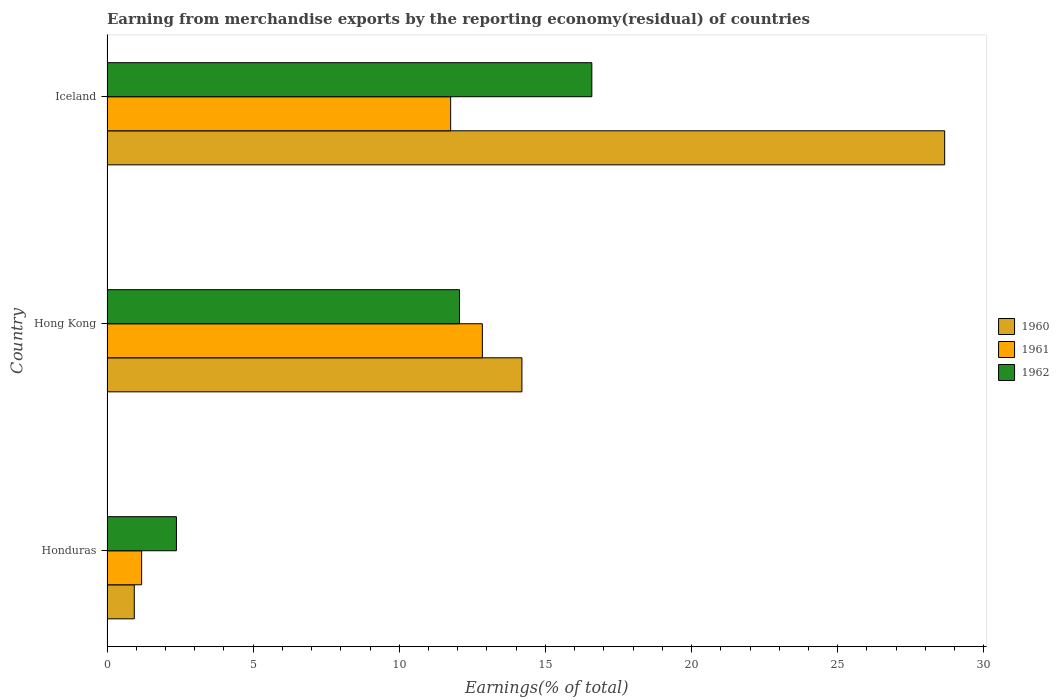
| Country | 1960 | 1961 | 1962 |
 | --- | --- | --- | --- |
 | Honduras | 0.933 | 1.19 | 2.38 |
 | Hong Kong | 14.2 | 12.8 | 12.1 |
 | Iceland | 28.7 | 11.8 | 16.6 |